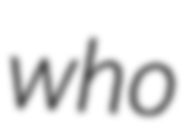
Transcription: who